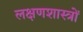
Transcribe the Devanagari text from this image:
लक्षणशास्त्रों